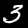
Label: 3